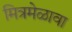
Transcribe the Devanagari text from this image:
मित्रमेळावा